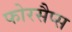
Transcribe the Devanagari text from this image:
फोरसैप्स